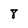
Character: 8